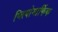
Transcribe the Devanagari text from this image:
प्लियोमार्फिक